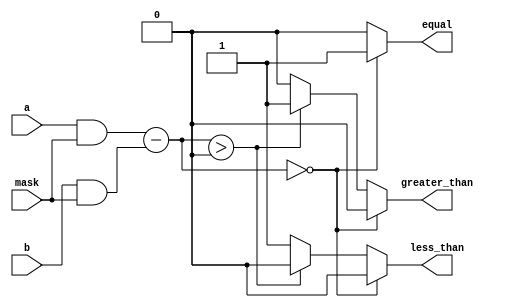
module masked_comparator (
    input signed [31:0] a,
    input signed [31:0] b,
    input [31:0] mask,
    output reg equal,
    output reg greater_than,
    output reg less_than
);

reg [31:0] result_sub, result_add, result_mul, result_div;
reg [31:0] a_masked, b_masked;

always @* begin
    a_masked = a & mask;
    b_masked = b & mask;
    
    result_sub = a_masked - b_masked;
    result_add = a_masked + b_masked;
    result_mul = a_masked * b_masked;
    result_div = a_masked / b_masked;

    if (result_sub == 0) begin
        equal = 1;
        greater_than = 0;
        less_than = 0;
    end else if (result_sub > 0) begin
        equal = 0;
        greater_than = 1;
        less_than = 0;
    end else begin
        equal = 0;
        greater_than = 0;
        less_than = 1;
    end
end

endmodule